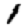
Digit: 1